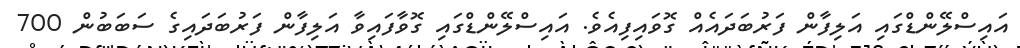
އައިސްލޭންޑްގައި އަލިފާން ފަރުބަދައެއް ގޮވައިފިއެވެ. އައިސްލޭންޑްގައި ގޮވާފައިވާ އަލިފާން ފަރުބަދައިގެ ސަބަބުން 700